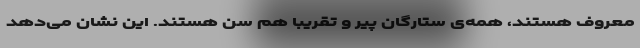
معروف هستند، همه‌ی ستارگان پیر و تقریباً هم سن هستند. این نشان می‌دهد